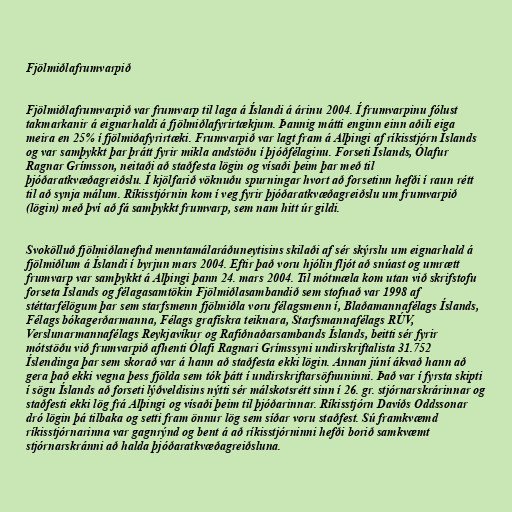
Fjölmiðlafrumvarpið

Fjölmiðlafrumvarpið var frumvarp til laga á Íslandi á árinu 2004. Í frumvarpinu fólust
takmarkanir á eignarhaldi á fjölmiðlafyrirtækjum. Þannig mátti enginn einn aðili eiga
meira en 25% í fjölmiðafyrirtæki. Frumvarpið var lagt fram á Alþingi af ríkisstjórn Íslands
og var samþykkt þar þrátt fyrir mikla andstöðu í þjóðfélaginu. Forseti Íslands, Ólafur
Ragnar Grímsson, neitaði að staðfesta lögin og vísaði þeim þar með til
þjóðaratkvæðagreiðslu. Í kjölfarið vöknuðu spurningar hvort að forsetinn hefði í raun rétt
til að synja málum. Ríkisstjórnin kom í veg fyrir þjóðaratkvæðagreiðslu um frumvarpið
(lögin) með því að fá samþykkt frumvarp, sem nam hitt úr gildi.

Svokölluð fjölmiðlanefnd menntamálaráðuneytisins skilaði af sér skýrslu um eignarhald á
fjölmiðlum á Íslandi í byrjun mars 2004. Eftir það voru hjólin fljót að snúast og umrætt
frumvarp var samþykkt á Alþingi þann 24. mars 2004. Til mótmæla kom utan við skrifstofu
forseta Íslands og félagasamtökin Fjölmiðlasambandið sem stofnað var 1998 af
stéttarfélögum þar sem starfsmenn fjölmiðla voru félagsmenn í, Blaðamannafélags Íslands,
Félags bókagerðarmanna, Félags grafískra teiknara, Starfsmannafélags RÚV,
Verslunarmannafélags Reykjavíkur og Rafiðnaðarsambands Íslands, beitti sér fyrir
mótstöðu við frumvarpið afhenti Ólafi Ragnari Grímssyni undirskriftalista 31.752
Íslendinga þar sem skorað var á hann að staðfesta ekki lögin. Annan júní ákvað hann að
gera það ekki vegna þess fjölda sem tók þátt í undirskriftarsöfnuninni. Það var í fyrsta skipti
í sögu Íslands að forseti lýðveldisins nýtti sér málskotsrétt sinn í 26. gr. stjórnarskrárinnar og
staðfesti ekki lög frá Alþingi og vísaði þeim til þjóðarinnar. Ríkisstjórn Davíðs Oddssonar
dró lögin þá tilbaka og setti fram önnur lög sem síðar voru staðfest. Sú framkvæmd
ríkisstjórnarinna var gagnrýnd og bent á að ríkisstjórninni hefði borið samkvæmt
stjórnarskránni að halda þjóðaratkvæðagreiðsluna.